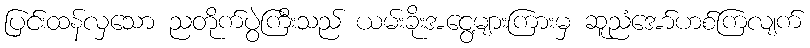
ပြင်းထန်လှသော ညတိုက်ပွဲကြီးသည် ယမ်းခိုးအငွေ့များကြားမှ ဆူညံအော်ဟစ်ကြလျက်